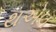
થએલ